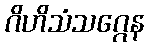
ဂိဟိသံသဂ္ဂေန